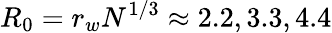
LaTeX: R_{0}=r_{w}N^{1/3}\approx 2.2,3.3,4.4